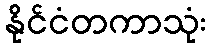
နိုင်ငံတကာသုံး